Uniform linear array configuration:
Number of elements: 8
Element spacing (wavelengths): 0.5
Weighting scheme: hann
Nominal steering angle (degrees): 60
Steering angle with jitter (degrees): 59.394
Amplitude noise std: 0.05
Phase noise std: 0.05

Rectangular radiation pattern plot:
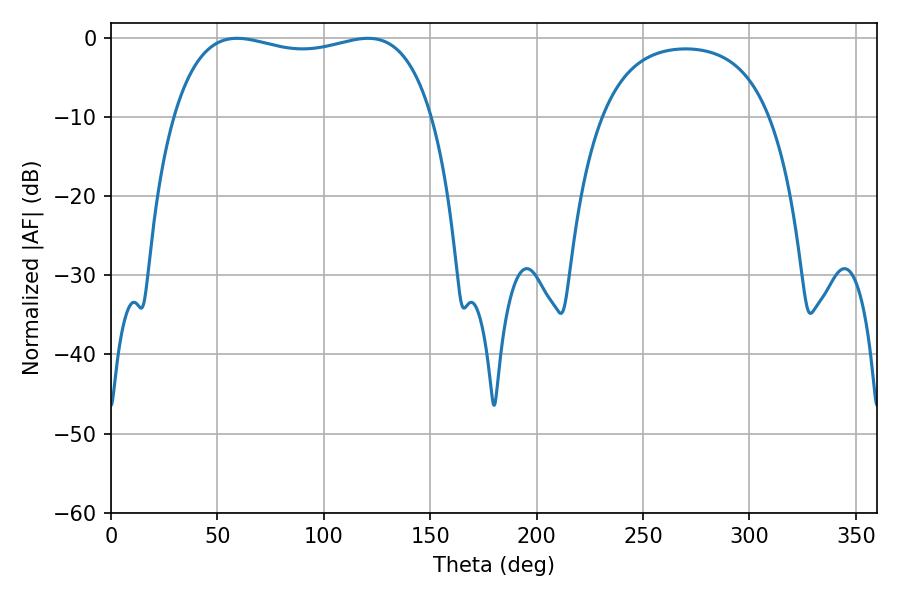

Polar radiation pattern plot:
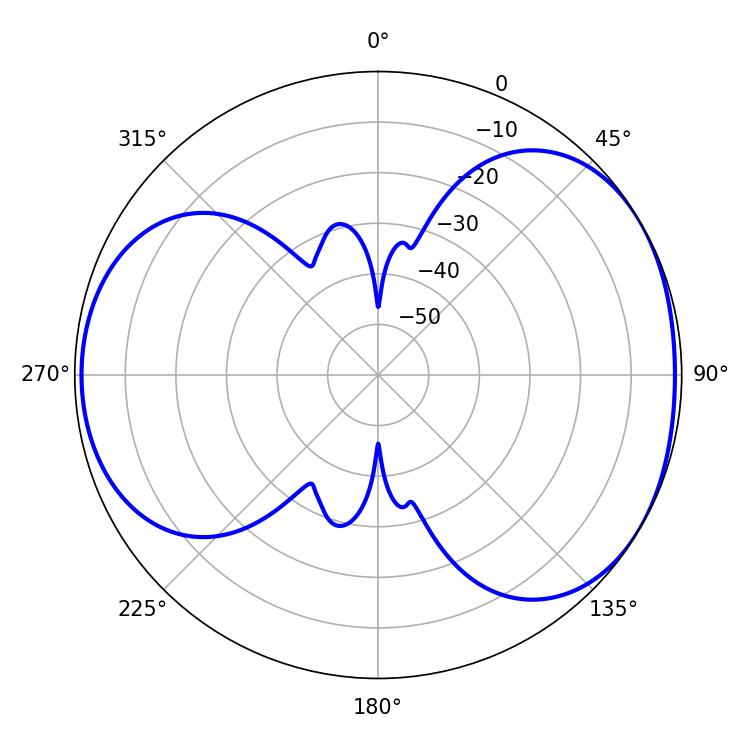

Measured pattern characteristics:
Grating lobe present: FALSE
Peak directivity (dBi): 4.517
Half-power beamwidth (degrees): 98.64
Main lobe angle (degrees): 59.22